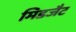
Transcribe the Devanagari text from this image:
मिडजैट